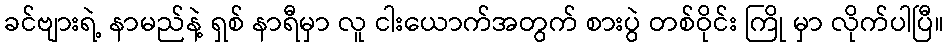
ခင်ဗျားရဲ့ နာမည်နဲ့ ရှစ် နာရီမှာ လူ ငါးယောက်အတွက် စားပွဲ တစ်ဝိုင်း ကြို မှာ လိုက်ပါပြီ။